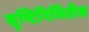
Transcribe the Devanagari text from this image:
सृष्टिनिर्मितीस